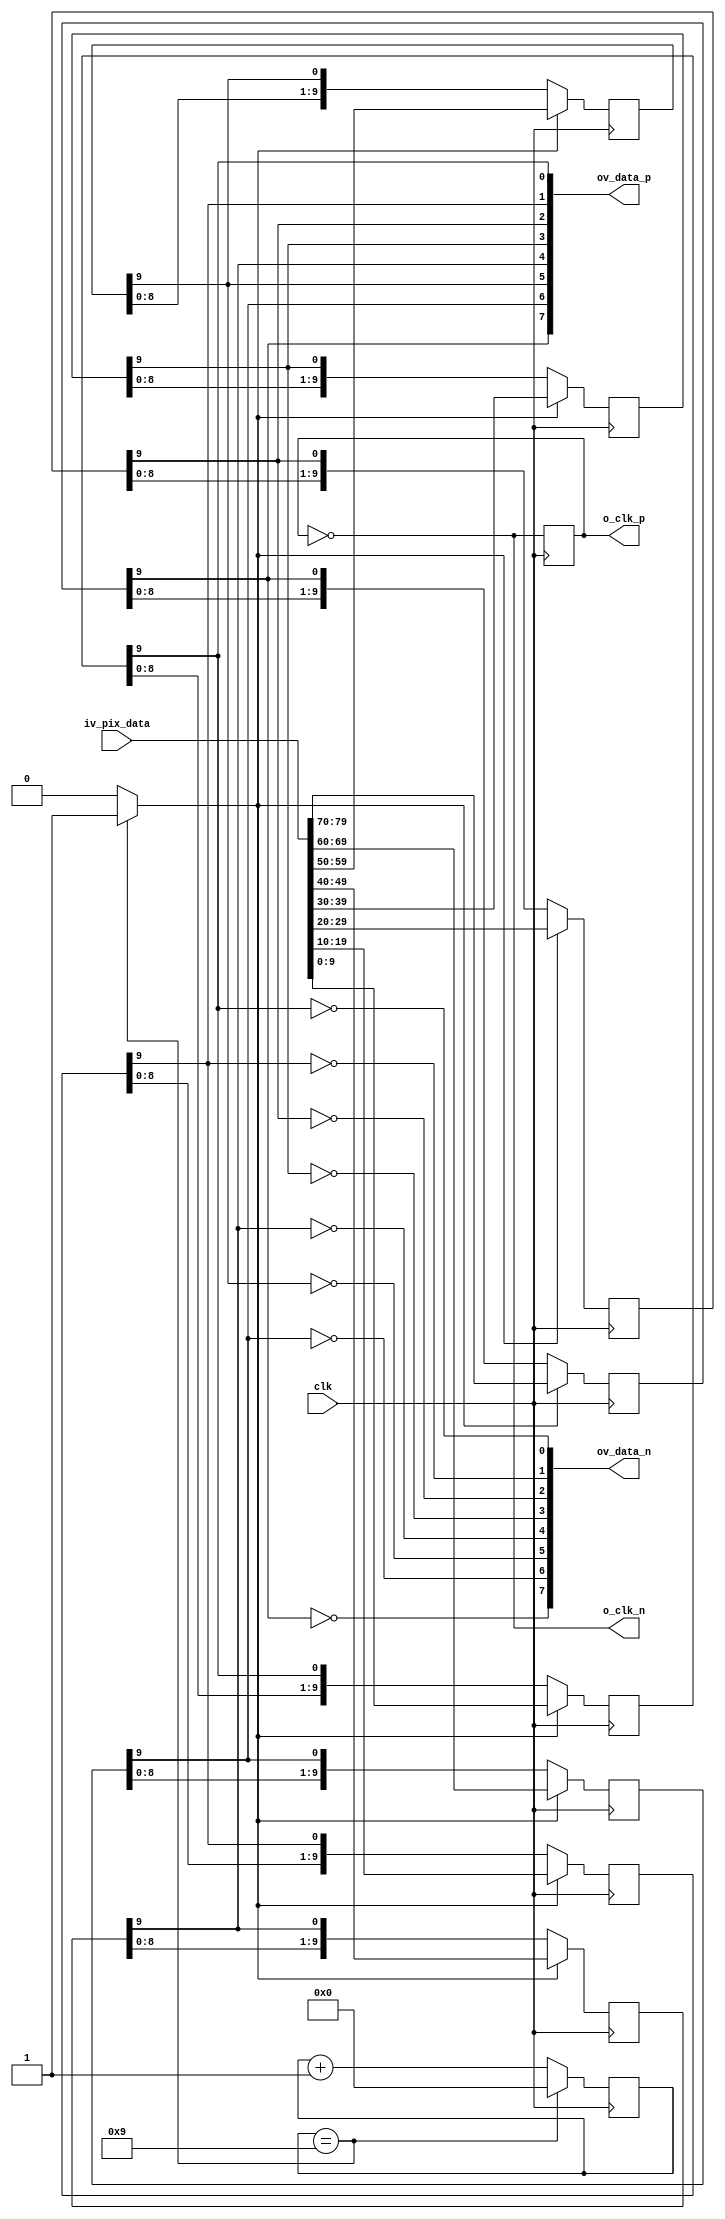
//-------------------------------------------------------------------------------------------------
//  --    : , 2010 -2015.
//  --      .
//  --          : FPGA
//  --        : serializer_sonyimx
//  --        : 
//-------------------------------------------------------------------------------------------------
//
//  --  :
//
//  --          :| 				:|  
//-------------------------------------------------------------------------------------------------
//  --        :| 2015/10/14 10:41:56	:|  
//-------------------------------------------------------------------------------------------------
//
//  --      :
//              1)  : ... ...
//
//              2)  : ... ...
//
//              3)  : ... ...
//
//-------------------------------------------------------------------------------------------------
///
`timescale 1ns/1ps
//-------------------------------------------------------------------------------------------------

module serializer_sonyimx # (
	parameter			DATA_WIDTH			= 10		,	//
	parameter			CHANNEL_NUM			= 8			,	//
	parameter			CLKIN_PERIOD		= 27.778
	)
	(
	input										clk					,	//
	input	[DATA_WIDTH*CHANNEL_NUM-1:0]		iv_pix_data			,	//
	output										o_clk_p				,
	output										o_clk_n				,
	output	[CHANNEL_NUM-1:0]					ov_data_p			,
	output	[CHANNEL_NUM-1:0]					ov_data_n
	);

	//	ref signals
	localparam	CNT_WIDTH						= log2(DATA_WIDTH);
	wire										clk_en	;
	reg		[CNT_WIDTH-1:0]						clk_en_cnt	= 'b0;
	wire	[DATA_WIDTH-1:0]					wv_data_lane	[CHANNEL_NUM-1:0]	;
	reg		[DATA_WIDTH-1:0]					shifter_data	[CHANNEL_NUM-1:0]	;
	reg											clk_ser_dly	= 1'b0;



	//	-------------------------------------------------------------------------------------
	//	
	//	-------------------------------------------------------------------------------------
	function integer log2 (input integer xx);
		integer x;
		begin
			x	= xx-1 ;
			for (log2=0;x>0;log2=log2+1) begin
				x	= x >> 1;
			end
		end
	endfunction

	//	ref ARCHITECTURE

	//	===============================================================================================
	//	ref ******
	//	===============================================================================================
	always @ (posedge clk) begin
		if(clk_en_cnt==(DATA_WIDTH-1)) begin
			clk_en_cnt	<= 'b0;
		end
		else begin
			clk_en_cnt	<= clk_en_cnt + 1'b1;
		end
	end
	assign	clk_en	= (clk_en_cnt==(DATA_WIDTH-1)) ? 1'b1 : 1'b0;

	//	===============================================================================================
	//	ref ******
	//	===============================================================================================
	//	-------------------------------------------------------------------------------------
	//	
	//	-- DATA_WIDTH bit
	//	--bytebyte
	//	-------------------------------------------------------------------------------------
	genvar	i;
	generate
		for(i=0;i<CHANNEL_NUM;i=i+1) begin
			assign	wv_data_lane[i]	= iv_pix_data[DATA_WIDTH*(i+1)-1:DATA_WIDTH*i];
		end
	endgenerate

	//	-------------------------------------------------------------------------------------
	//	1
	//	1.
	//	2.
	//	-------------------------------------------------------------------------------------
	genvar	ch;
	generate
		for(ch=0;ch<CHANNEL_NUM;ch=ch+1) begin
			always @ (posedge clk) begin
				if(clk_en) begin
					shifter_data[ch]	<= wv_data_lane[ch];
				end
				else begin
					shifter_data[ch]	<= {shifter_data[ch][DATA_WIDTH-2:0],shifter_data[ch][DATA_WIDTH-1]};
				end
			end
		end
	endgenerate


	//	-------------------------------------------------------------------------------------
	//	2
	//	-------------------------------------------------------------------------------------
	always @ (posedge clk) begin
		clk_ser_dly	<= !clk_ser_dly;
	end

	//	===============================================================================================
	//	ref ******
	//	===============================================================================================
	assign	o_clk_p	=  clk_ser_dly;
	assign	o_clk_n	=  !clk_ser_dly;
	genvar	j;
	generate
		for(j=0;j<CHANNEL_NUM;j=j+1) begin
			assign	ov_data_p[j]	= shifter_data[j][DATA_WIDTH-1];
			assign	ov_data_n[j]	= !shifter_data[j][DATA_WIDTH-1];
		end
	endgenerate


endmodule